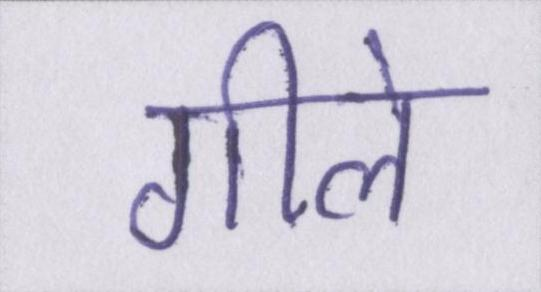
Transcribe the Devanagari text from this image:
गीले